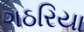
ગઠરિયા